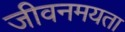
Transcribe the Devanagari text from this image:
जीवनमयता